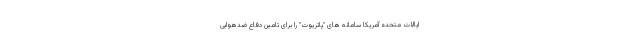
ایالات متحده آمریکا سامانه های "پاتریوت" را برای تامین دفاع ضدهوایی